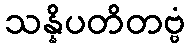
သန္နိပတိတဗ္ဗံ